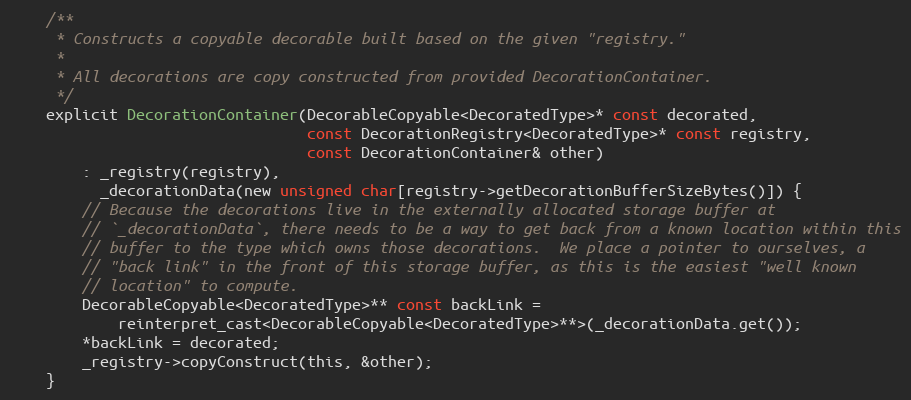
Language: C
    /**
     * Constructs a copyable decorable built based on the given "registry."
     *
     * All decorations are copy constructed from provided DecorationContainer.
     */
    explicit DecorationContainer(DecorableCopyable<DecoratedType>* const decorated,
                                 const DecorationRegistry<DecoratedType>* const registry,
                                 const DecorationContainer& other)
        : _registry(registry),
          _decorationData(new unsigned char[registry->getDecorationBufferSizeBytes()]) {
        // Because the decorations live in the externally allocated storage buffer at
        // `_decorationData`, there needs to be a way to get back from a known location within this
        // buffer to the type which owns those decorations.  We place a pointer to ourselves, a
        // "back link" in the front of this storage buffer, as this is the easiest "well known
        // location" to compute.
        DecorableCopyable<DecoratedType>** const backLink =
            reinterpret_cast<DecorableCopyable<DecoratedType>**>(_decorationData.get());
        *backLink = decorated;
        _registry->copyConstruct(this, &other);
    }